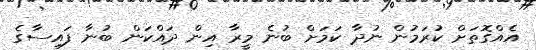
އެއްގޮތަށް ކުރަމުން ނުދާ ކަމަށް ބުނެ މީރާ އިން ދައްކަން ބުނާ ފައިސާގެ